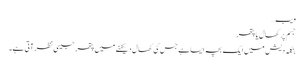
ویب…
جسم پر کھال یا پتھر
بنگلہ دیش میں ایک بچہ ایسا ہے جس کی کھال دیکھنے میں پتھر جیسی نظر آتی ہے۔